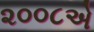
૨૦૦૮એ